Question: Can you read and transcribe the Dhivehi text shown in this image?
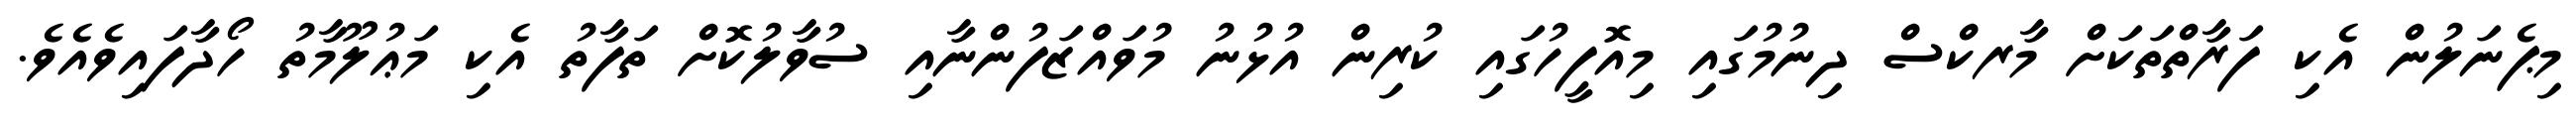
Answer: މިޕެނަލުން އެކި ފަރާތްތަކަށް މާރކްސް ދިނުމުގައި މިއޮފީހުގައި ކުރިން އުޅުނު މުވައްޒަފުންނާއި ސުވާލުކޮށް ތަފާތު އެކި މަޢުލޫމާތު ހޯދާފައިވެއެވެ.